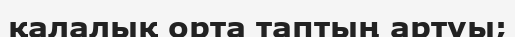
қалалық орта таптың артуы;